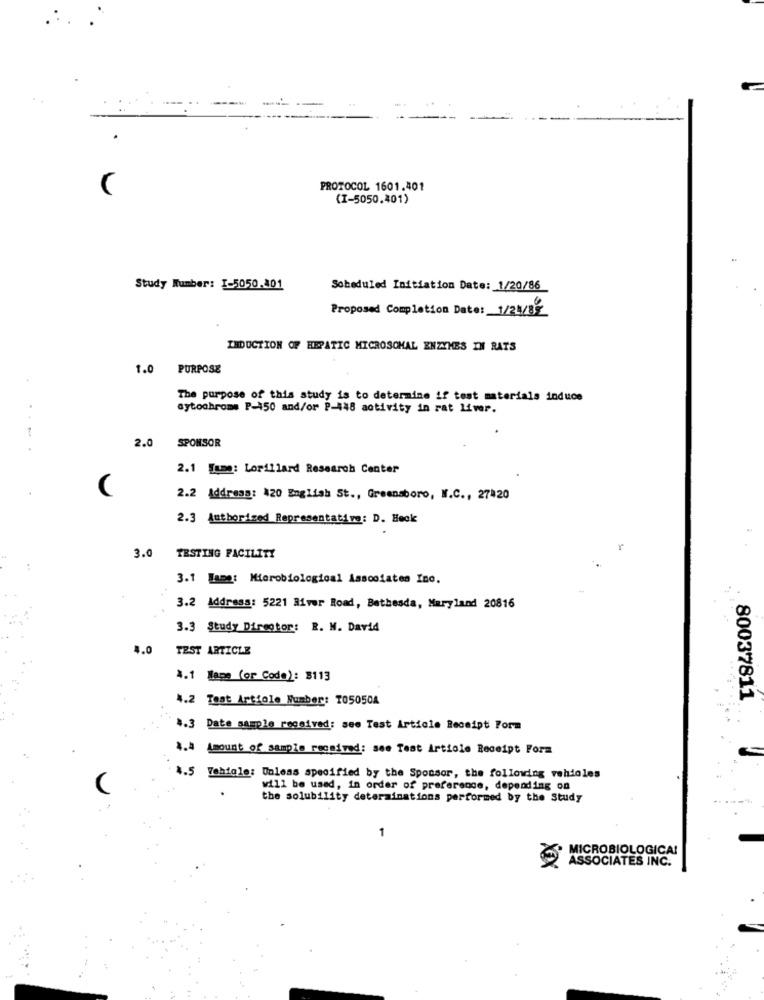
PROTOCOL 1601.401
(I-5050.401)
Study Number: 1-5050.401
Sobeduled Initiation Date: 1/20/86
Proposed Completion Date: 1/21/88
INDUCTION OF HEPATIC MICROSCHAL ENZYMES IN RATS
1.0
PURPOSE
The purpose of this study is to determine if test materials induce
cytochrome P-450 and/or P-448 activity in rat liver.
2.0
SPONSOR
2.1 Jsme: Lorillard Research Center
2.2 Address: 420 English St ., Greensboro, W.C ., 27420
2.3 Authorized Representative: D. Heck
r
3.0 TESTING FACILITY
3.1 Jame: Microbiological Aascofates Inc.
3.2 Address: 5221 River Road, Bethesda, Maryland 20816
3.3 Study Director: R. W. David
4.0
TEST ARTICLE
4.1 Mapa (or Code): 3113
4.2 Teat Article Number: T050504
80037811
4.3 Date sample received: see Test Article Receipt Form
4.4 Amount of sample received: see Test Article Receipt Form
4.5 Tehfole: Unleas specified by the Sponsor, the following vehicles
will be used, in order of preference, depending on
the solubility determinations performed by the Study
1
MICROBIOLOGICA!
ASSOCIATES INC.
FX